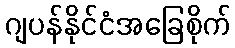
ဂျပန်နိုင်ငံအခြေစိုက်